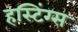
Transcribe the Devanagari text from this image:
हस्टिंग्स